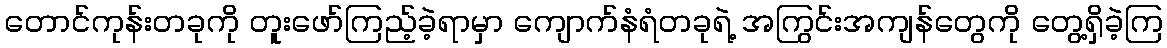
တောင်ကုန်းတခုကို တူးဖော်ကြည့်ခဲ့ရာမှာ ကျောက်နံရံတခုရဲ့ အကြွင်းအကျန်တွေကို တွေ့ရှိခဲ့ကြ